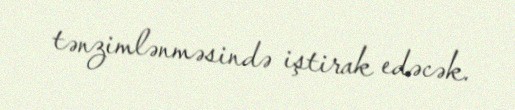
tənzimlənməsində iştirak edəcək.